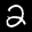
Label: 2